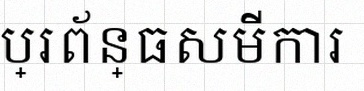
ដោះស្រាយប្រព័ន្ធសមីការ